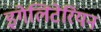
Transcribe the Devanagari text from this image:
इगेलिटेरियन